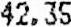
42.35